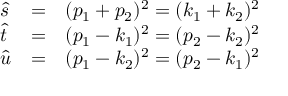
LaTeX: \begin{array} { l l l } { { \hat { s } } } & { { = } } & { { ( p _ { 1 } + p _ { 2 } ) ^ { 2 } = ( k _ { 1 } + k _ { 2 } ) ^ { 2 } } } \\ { { \hat { t } } } & { { = } } & { { ( p _ { 1 } - k _ { 1 } ) ^ { 2 } = ( p _ { 2 } - k _ { 2 } ) ^ { 2 } } } \\ { { \hat { u } } } & { { = } } & { { ( p _ { 1 } - k _ { 2 } ) ^ { 2 } = ( p _ { 2 } - k _ { 1 } ) ^ { 2 } } } \end{array}